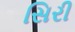
સિરી